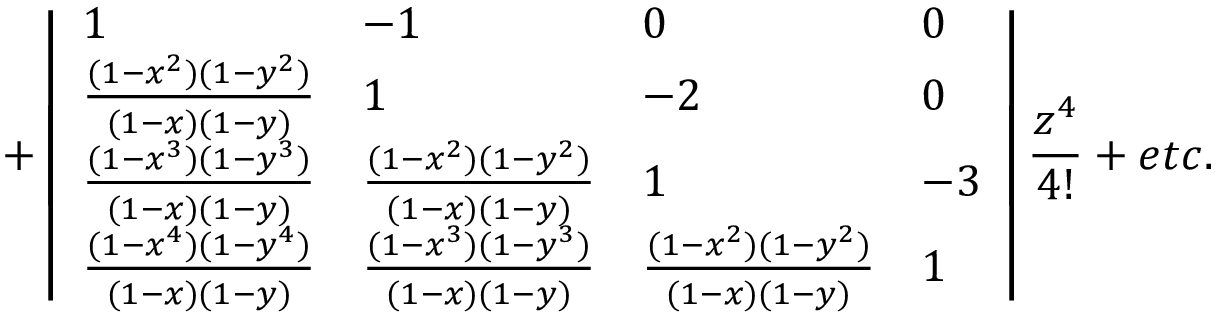
+ \left| \begin{array} { l l l l } { 1 } & { - 1 } & { 0 } & { 0 } \\ { \frac { ( 1 - x ^ { 2 } ) ( 1 - y ^ { 2 } ) } { ( 1 - x ) ( 1 - y ) } } & { 1 } & { - 2 } & { 0 } \\ { \frac { ( 1 - x ^ { 3 } ) ( 1 - y ^ { 3 } ) } { ( 1 - x ) ( 1 - y ) } } & { \frac { ( 1 - x ^ { 2 } ) ( 1 - y ^ { 2 } ) } { ( 1 - x ) ( 1 - y ) } } & { 1 } & { - 3 } \\ { \frac { ( 1 - x ^ { 4 } ) ( 1 - y ^ { 4 } ) } { ( 1 - x ) ( 1 - y ) } } & { \frac { ( 1 - x ^ { 3 } ) ( 1 - y ^ { 3 } ) } { ( 1 - x ) ( 1 - y ) } } & { \frac { ( 1 - x ^ { 2 } ) ( 1 - y ^ { 2 } ) } { ( 1 - x ) ( 1 - y ) } } & { 1 } \end{array} \right| \frac { z ^ { 4 } } { 4 ! } + e t c .